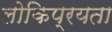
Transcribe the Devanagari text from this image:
लोकिप्रयता